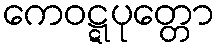
ကေဝဋ္ဋပုတ္တော